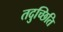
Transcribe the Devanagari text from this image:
तदुच्छिति